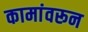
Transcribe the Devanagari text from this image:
कामांवरून